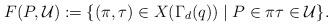
LaTeX: \begin{align*}F(P,\mathcal{U}):=\{(\pi,\tau)\in X(\Gamma_d(q))\mid P\in \pi\tau\in\mathcal{U}\}.\end{align*}